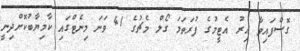
ގޮސްފައިވާ އިރު އެޓީމުގެ ފުރަތަމަ ގޯލް މެޗުގެ 41 ވަނަ މިނެޓްގައި ކާމިޔާބުކޮށްދިނީ